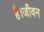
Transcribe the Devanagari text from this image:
है।जीवन